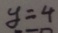
y = 4